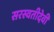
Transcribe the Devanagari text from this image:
सरस्वतीदेवी